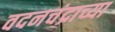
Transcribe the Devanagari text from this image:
वदनचंद्राच्या